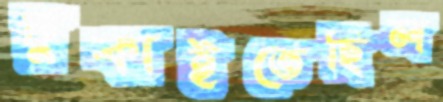
ঢুকাইতেছিল